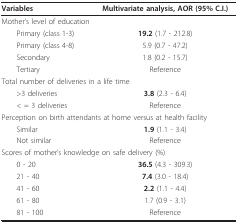
<table><thead><tr><td><b>Variables</b></td><td><b>Multivariate analysis, AOR (95% C.I.)</b></td></tr></thead><tbody><tr><td colspan="2">Mother&#x27;s level of education</td></tr><tr><td> Primary (class 1-3)</td><td><b>19.2 </b>(1.7 - 212.8)</td></tr><tr><td> Primary (class 4-8)</td><td>5.9 (0.7 - 47.2)</td></tr><tr><td> Secondary</td><td>1.8 (0.2 - 15.7)</td></tr><tr><td> Tertiary</td><td>Reference</td></tr><tr><td colspan="2">Total number of deliveries in a life time</td></tr><tr><td> &gt;3 deliveries</td><td><b>3.8 </b>(2.3 - 6.4)</td></tr><tr><td> &lt; = 3 deliveries</td><td>Reference</td></tr><tr><td colspan="2">Perception on birth attendants at home versus at health facility</td></tr><tr><td> Similar</td><td><b>1.9 </b>(1.1 - 3.4)</td></tr><tr><td> Not similar</td><td>Reference</td></tr><tr><td colspan="2">Scores of mother&#x27;s knowledge on safe delivery (%)</td></tr><tr><td> 0 - 20</td><td><b>36.5 </b>(4.3 - 309.3)</td></tr><tr><td> 21 - 40</td><td><b>7.4 </b>(3.0 - 18.4)</td></tr><tr><td> 41 - 60</td><td><b>2.2 </b>(1.1 - 4.4)</td></tr><tr><td> 61 - 80</td><td>1.7 (0.9 - 3.1)</td></tr><tr><td> 81 - 100</td><td>Reference</td></tr></tbody></table>